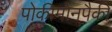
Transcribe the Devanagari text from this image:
पोकीमोनपैकी